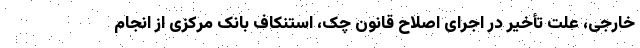
خارجی، علت تأخیر در اجرای اصلاح قانون چک، استنکاف بانک مرکزی از انجام